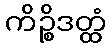
ကိဉ္စိဒတ္ထံ